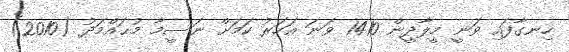
ހިނގާފައި ވަނީ މީލާދީން 1410 ވަނަ އަހަރު ކަމަށް ނަސީމާ މުޙައްމަދު (2010)